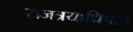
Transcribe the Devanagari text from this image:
राजत्रयाधिपति